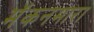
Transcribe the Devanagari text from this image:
मॅकनमारा